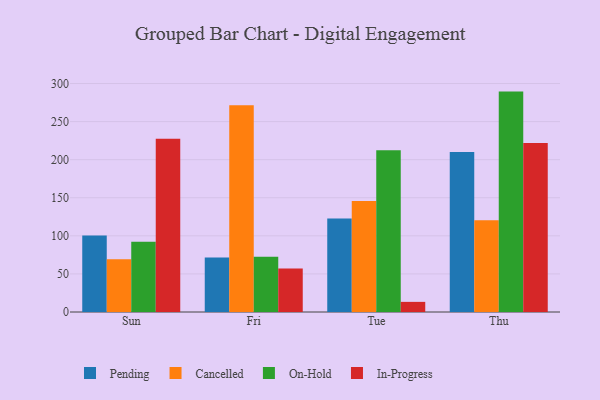
{"axis": {"x": "Day", "y": "Market Share (%)"}, "legend": ["Cancelled", "In-Progress", "On-Hold", "Pending"], "data": [{"x": "Sun", "y": 100.5, "type": "Pending"}, {"x": "Sun", "y": 69.2, "type": "Cancelled"}, {"x": "Sun", "y": 92.4, "type": "On-Hold"}, {"x": "Sun", "y": 227.6, "type": "In-Progress"}, {"x": "Fri", "y": 71.5, "type": "Pending"}, {"x": "Fri", "y": 271.6, "type": "Cancelled"}, {"x": "Fri", "y": 72.4, "type": "On-Hold"}, {"x": "Fri", "y": 57.0, "type": "In-Progress"}, {"x": "Tue", "y": 122.7, "type": "Pending"}, {"x": "Tue", "y": 145.6, "type": "Cancelled"}, {"x": "Tue", "y": 212.5, "type": "On-Hold"}, {"x": "Tue", "y": 13.3, "type": "In-Progress"}, {"x": "Thu", "y": 210.2, "type": "Pending"}, {"x": "Thu", "y": 120.4, "type": "Cancelled"}, {"x": "Thu", "y": 289.4, "type": "On-Hold"}, {"x": "Thu", "y": 222.0, "type": "In-Progress"}]}